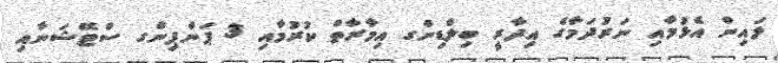
ލައިން އެޅުމާއި ނަރުދަމާގެ އިދާރީ ބިލްޑިންގ އިމާރާތް ކުރުމާއި 3 ޕަންޕިންގ ސްޓޭޝަނާއި